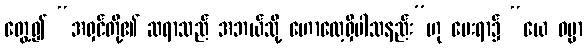
တွေ့၍ “အရှင်တို့၏ ဆရာသည် အဘယ်သို့ ဟောလေ့ရှိပါသနည်း”ဟု မေးရာ၌ “ယေ ဓမ္မာ